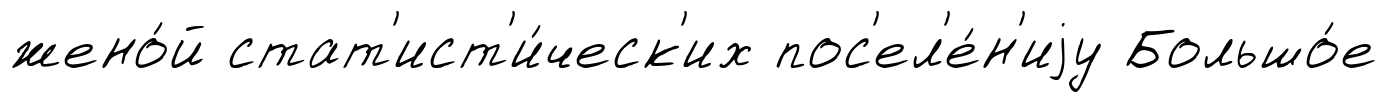
жено́й стат'ист'и́ческ'их пос'ел'е́н'иjу Большо́е